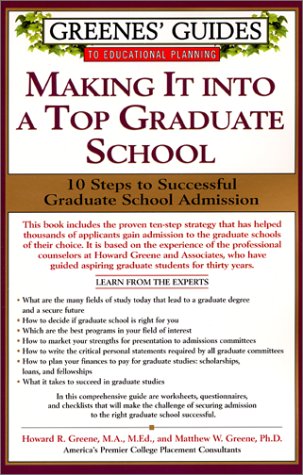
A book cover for Greenes' Guides to Educational Planning: Making It into A Top Graduate School: 10 Steps to Successful Graduate School Admission; Howard Greene; Test Preparation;